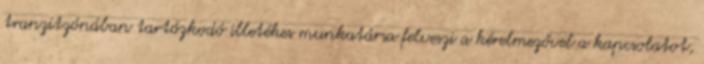
tranzitzónában tartózkodó illetékes munkatársa felveszi a kérelmezővel a kapcsolatot,